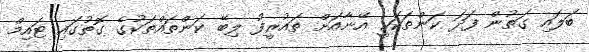
ބަލައި ގަތުން ފަދަ ކަންތަކަކީ އޭނާއަށް ތައުރީފު ލިބޭ ކަންތައްތަކުގެ ގޮތުގައި ޓައިމް